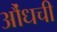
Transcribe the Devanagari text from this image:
औंधची